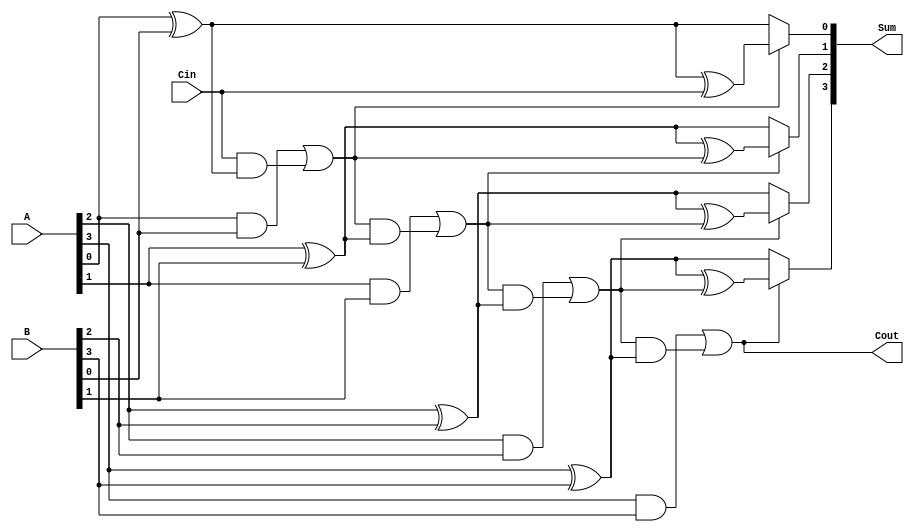
module conditional_sum_adder #(parameter N = 4) (
    input  [N-1:0] A,      // First n-bit input
    input  [N-1:0] B,      // Second n-bit input
    input         Cin,      // Carry-in
    output [N-1:0] Sum,     // n-bit sum output
    output        Cout       // Carry-out
);
    wire [N-1:0] S0;       // Sum without carry
    wire [N-1:0] S1;       // Sum with carry
    wire [N-1:0] C1;       // Carry out for each bit
    wire [N-1:0] C;        // Conditional carry

    // Generate S0, S1 and C1 for each bit
    genvar i;
    generate
        for (i = 0; i < N; i = i + 1) begin : CSA_BIT
            assign S0[i] = A[i] ^ B[i];                      // Sum without carry
            assign S1[i] = S0[i] ^ (i == 0 ? Cin : C[i-1]); // Sum with carry
            assign C1[i] = (A[i] & B[i]) | (i == 0 ? Cin & S0[i] : C[i-1] & S0[i]); // Carry out
            assign C[i] = C1[i];                              // Store carry for the next bit
        end
    endgenerate

    // Final Sum Calculation
    generate
        for (i = 0; i < N; i = i + 1) begin : FINAL_SUM
            assign Sum[i] = C[i] ? S1[i] : S0[i]; // Select sum based on carry
        end
    endgenerate

    // Final Carry Out
    assign Cout = C1[N-1]; // Carry out from the last bit

endmodule